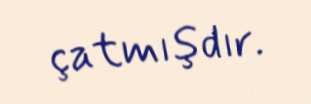
çatmışdır.